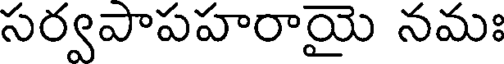
సర్వపాపహరాయై నమః